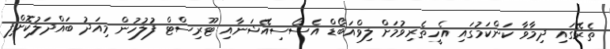
ތެރޭގައި ދިމާވާ ކަންކަމުގައި އެހީތެރިވުމަށް ލިވްއަބޯޑް އެސޯސިއޭޝަނާއި ޓޫރިސްޓް ފުލުހުން މިއަދު ބައްދަލުކޮށްފި